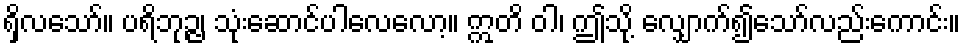
ရှိလသော်။ ပရိဘုဉ္ဇ၊ သုံးဆောင်ပါလေလော့။ ဣတိ ဝါ၊ ဤသို့ လျှောက်၍သော်လည်းကောင်း။